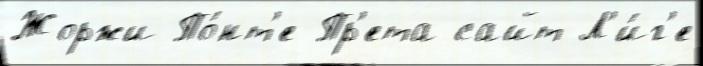
Жоржи По́нт'е-Пр'ета сайт Л'и́г'е